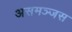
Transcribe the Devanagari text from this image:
असमञ्जस